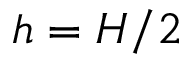
h = H / 2